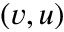
( v , u )